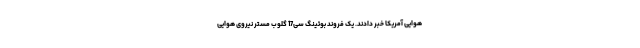
هوایی آمریکا خبر دادند. یک فروند بوئینگ سی17 گلوب مستر نیروی هوایی